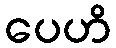
ပေဟိ